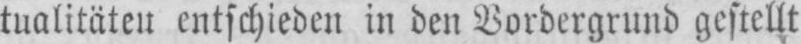
tualitäten entschieden in den Vordergrund gestellt